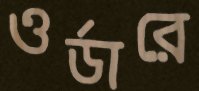
ওর্ডারে